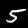
Label: 5